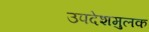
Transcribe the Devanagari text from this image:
उपदेशमुलक